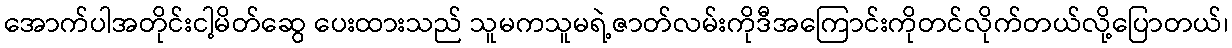
အောက်ပါအတိုင်းငါ့မိတ်ဆွေ ပေးထားသည် သူမကသူမရဲ့ဇာတ်လမ်းကိုဒီအကြောင်းကိုတင်လိုက်တယ်လို့ပြောတယ်၊